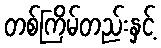
တစ်ကြိမ်တည်းနှင့်